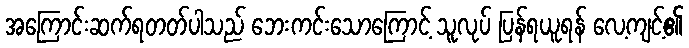
အကြောင်းဆက်ရတတ်ပါသည် ဘေးကင်းသောကြောင့် သူလုပ် ပြန်ရယူရန် လေ့ကျင့်၏